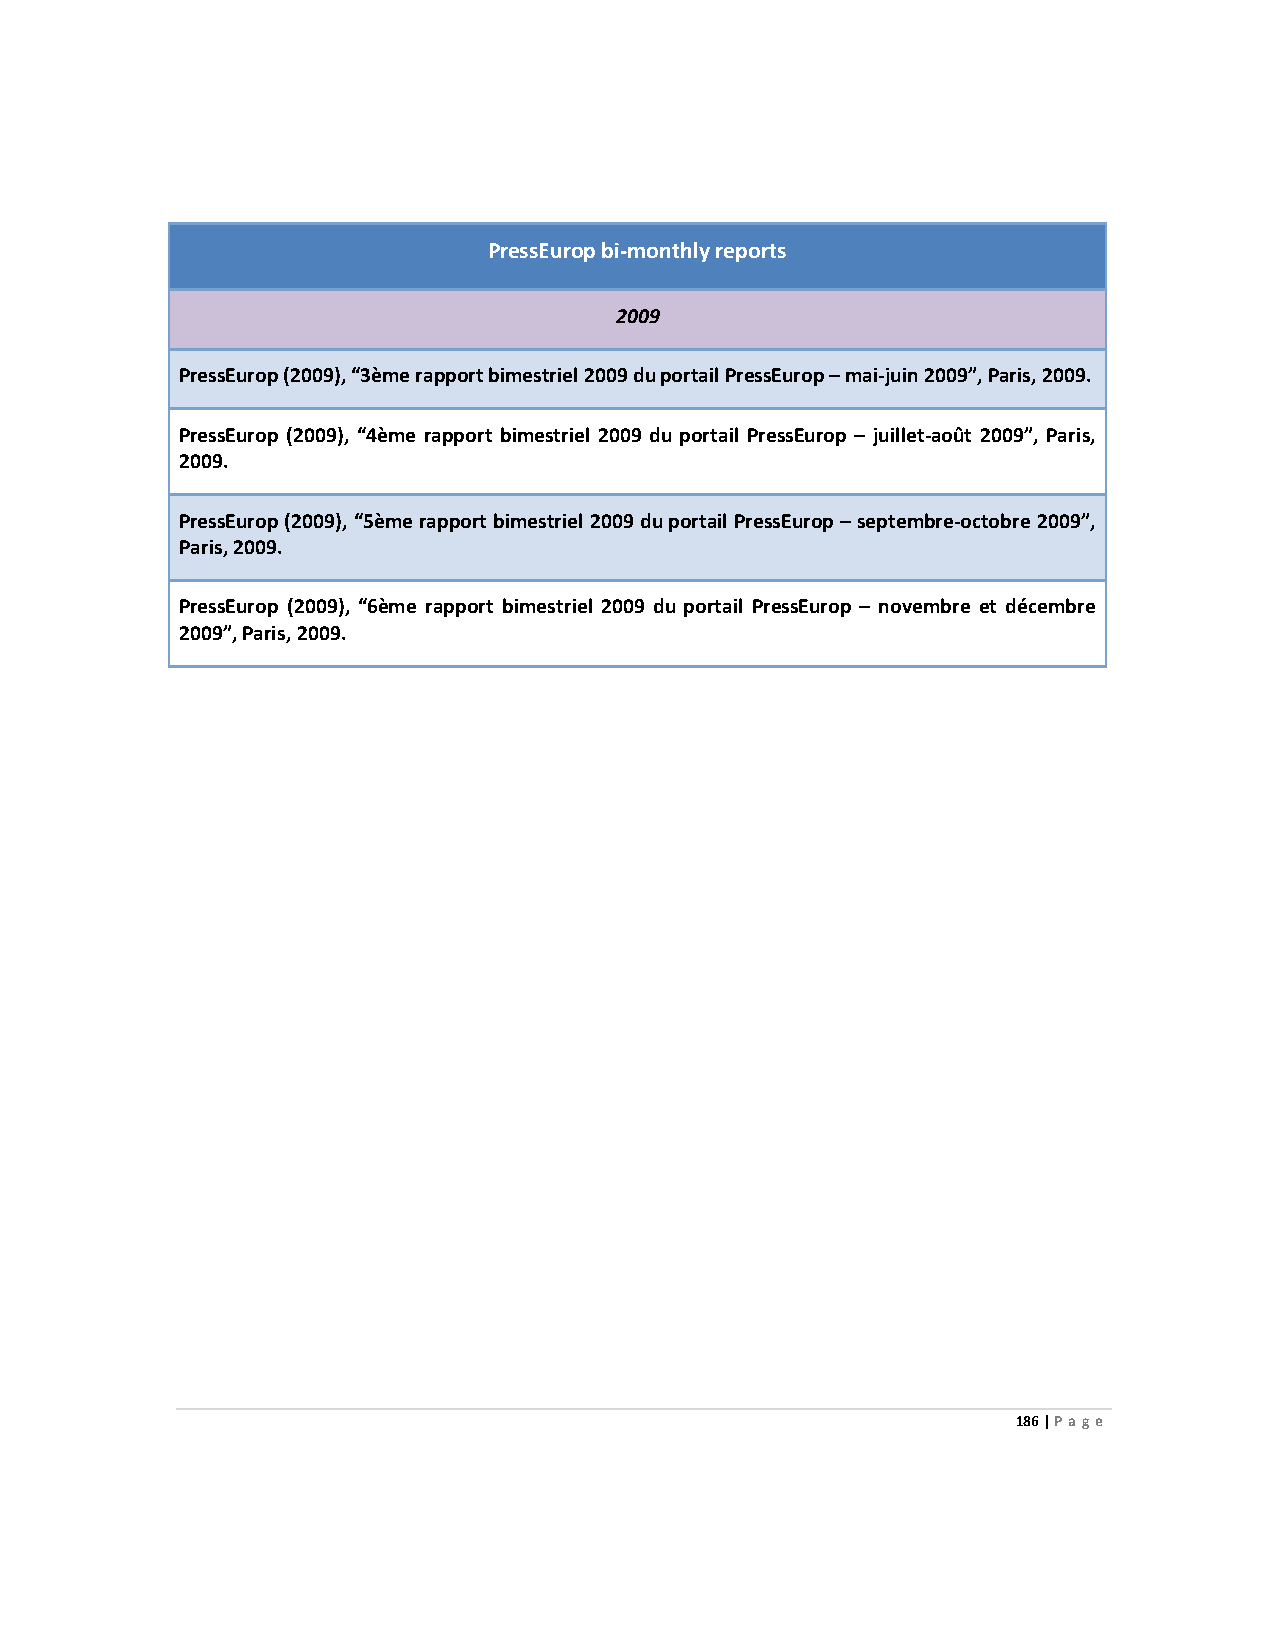
PressEurop bi-monthly reports
 2009
 PressEurop (2009), “3ème rapport bimestriel 2009 du portail PressEurop – mai-juin 2009”, Paris, 2009.
 PressEurop (2009), “4ème rapport bimestriel 2009 du portail PressEurop – juillet-août 2009”, Paris,
 2009.
 PressEurop (2009), “5ème rapport bimestriel 2009 du portail PressEurop – septembre-octobre 2009”,
 Paris, 2009.
 PressEurop (2009), “6ème rapport bimestriel 2009 du portail PressEurop – novembre et décembre
 2009”, Paris, 2009.
 186 | Page